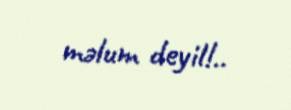
məlum deyil!..